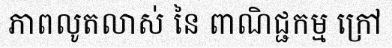
ភាពលូតលាស់ នៃ ពាណិជ្ជកម្ម ក្រៅ